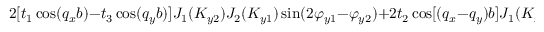
2 [ t _ { 1 } \cos ( q _ { x } b ) - t _ { 3 } \cos ( q _ { y } b ) ] J _ { 1 } ( K _ { y 2 } ) J _ { 2 } ( K _ { y 1 } ) \sin ( 2 \varphi _ { y 1 } - \varphi _ { y 2 } ) + 2 t _ { 2 } \cos [ ( q _ { x } - q _ { y } ) b ] J _ { 1 } ( K _ { x 2 } ) J _ { 2 } ( K _ { x 1 } ) \sin ( \varphi _ { x 2 } ) \}